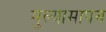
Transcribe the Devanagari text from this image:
मुल्यामापन